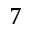
7